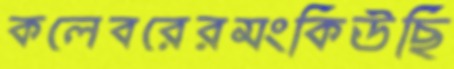
কলেবরেরমংকিউছি